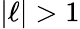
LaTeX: |\ell|>1